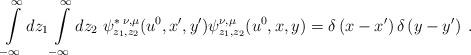
LaTeX: \begin{align*}\int\limits_{-\infty }^{\infty }dz_{1}\int\limits_{-\infty }^{\infty}dz_{2}\;\psi _{z_{1},z_{2}}^{\ast \;\nu ,\mu }(u^{0},x^{\prime },y^{\prime})\psi _{z_{1},z_{2}}^{\nu ,\mu }(u^{0},x,y)=\delta \left( x-x^{\prime}\right) \delta \left( y-y^{\prime }\right) \;. \end{align*}